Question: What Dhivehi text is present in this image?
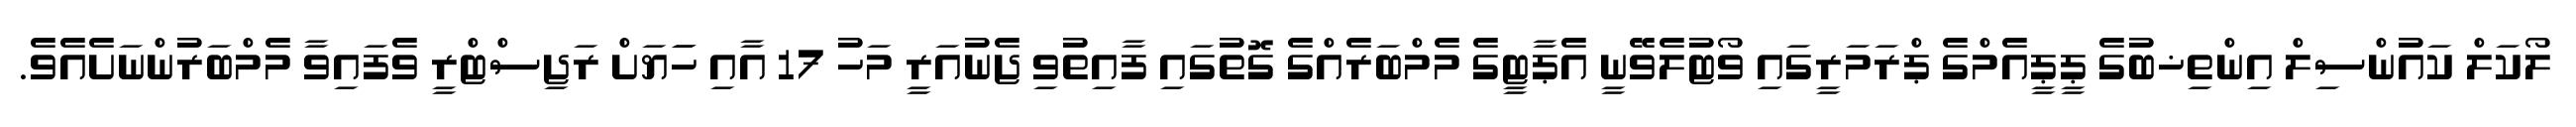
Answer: ލޯކަލް ކައުންސިލް އިންތިޚބުގެ ޕީޕީއެމްގެ ޕްރަމަރީގައި ވޯޓުލެވޭނީ އެޕާޓީގެ މެމްބަރެއްގެ ގޮތުގައި ފާއިތުވި ޖެނުއަރީ މަހު 17 އާއި ހަަޔަށް ރަޖިސްޓްރީ ވެފައިވާ މެމްބަރުންނަށެއެވެ.